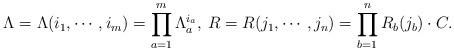
LaTeX: \begin{align*} \Lambda = \Lambda (i_1, \cdots , i_m) = \prod_{a=1}^{m} \Lambda _a ^{i_a}, \medspace R = R(j_1, \cdots , j_n) = \prod_{b=1}^{n} R_b (j_b) \cdot C.\end{align*}